NAE_ERA_R-1765_ENSV_Kirjanike_Liit_1945-1955, lk 10
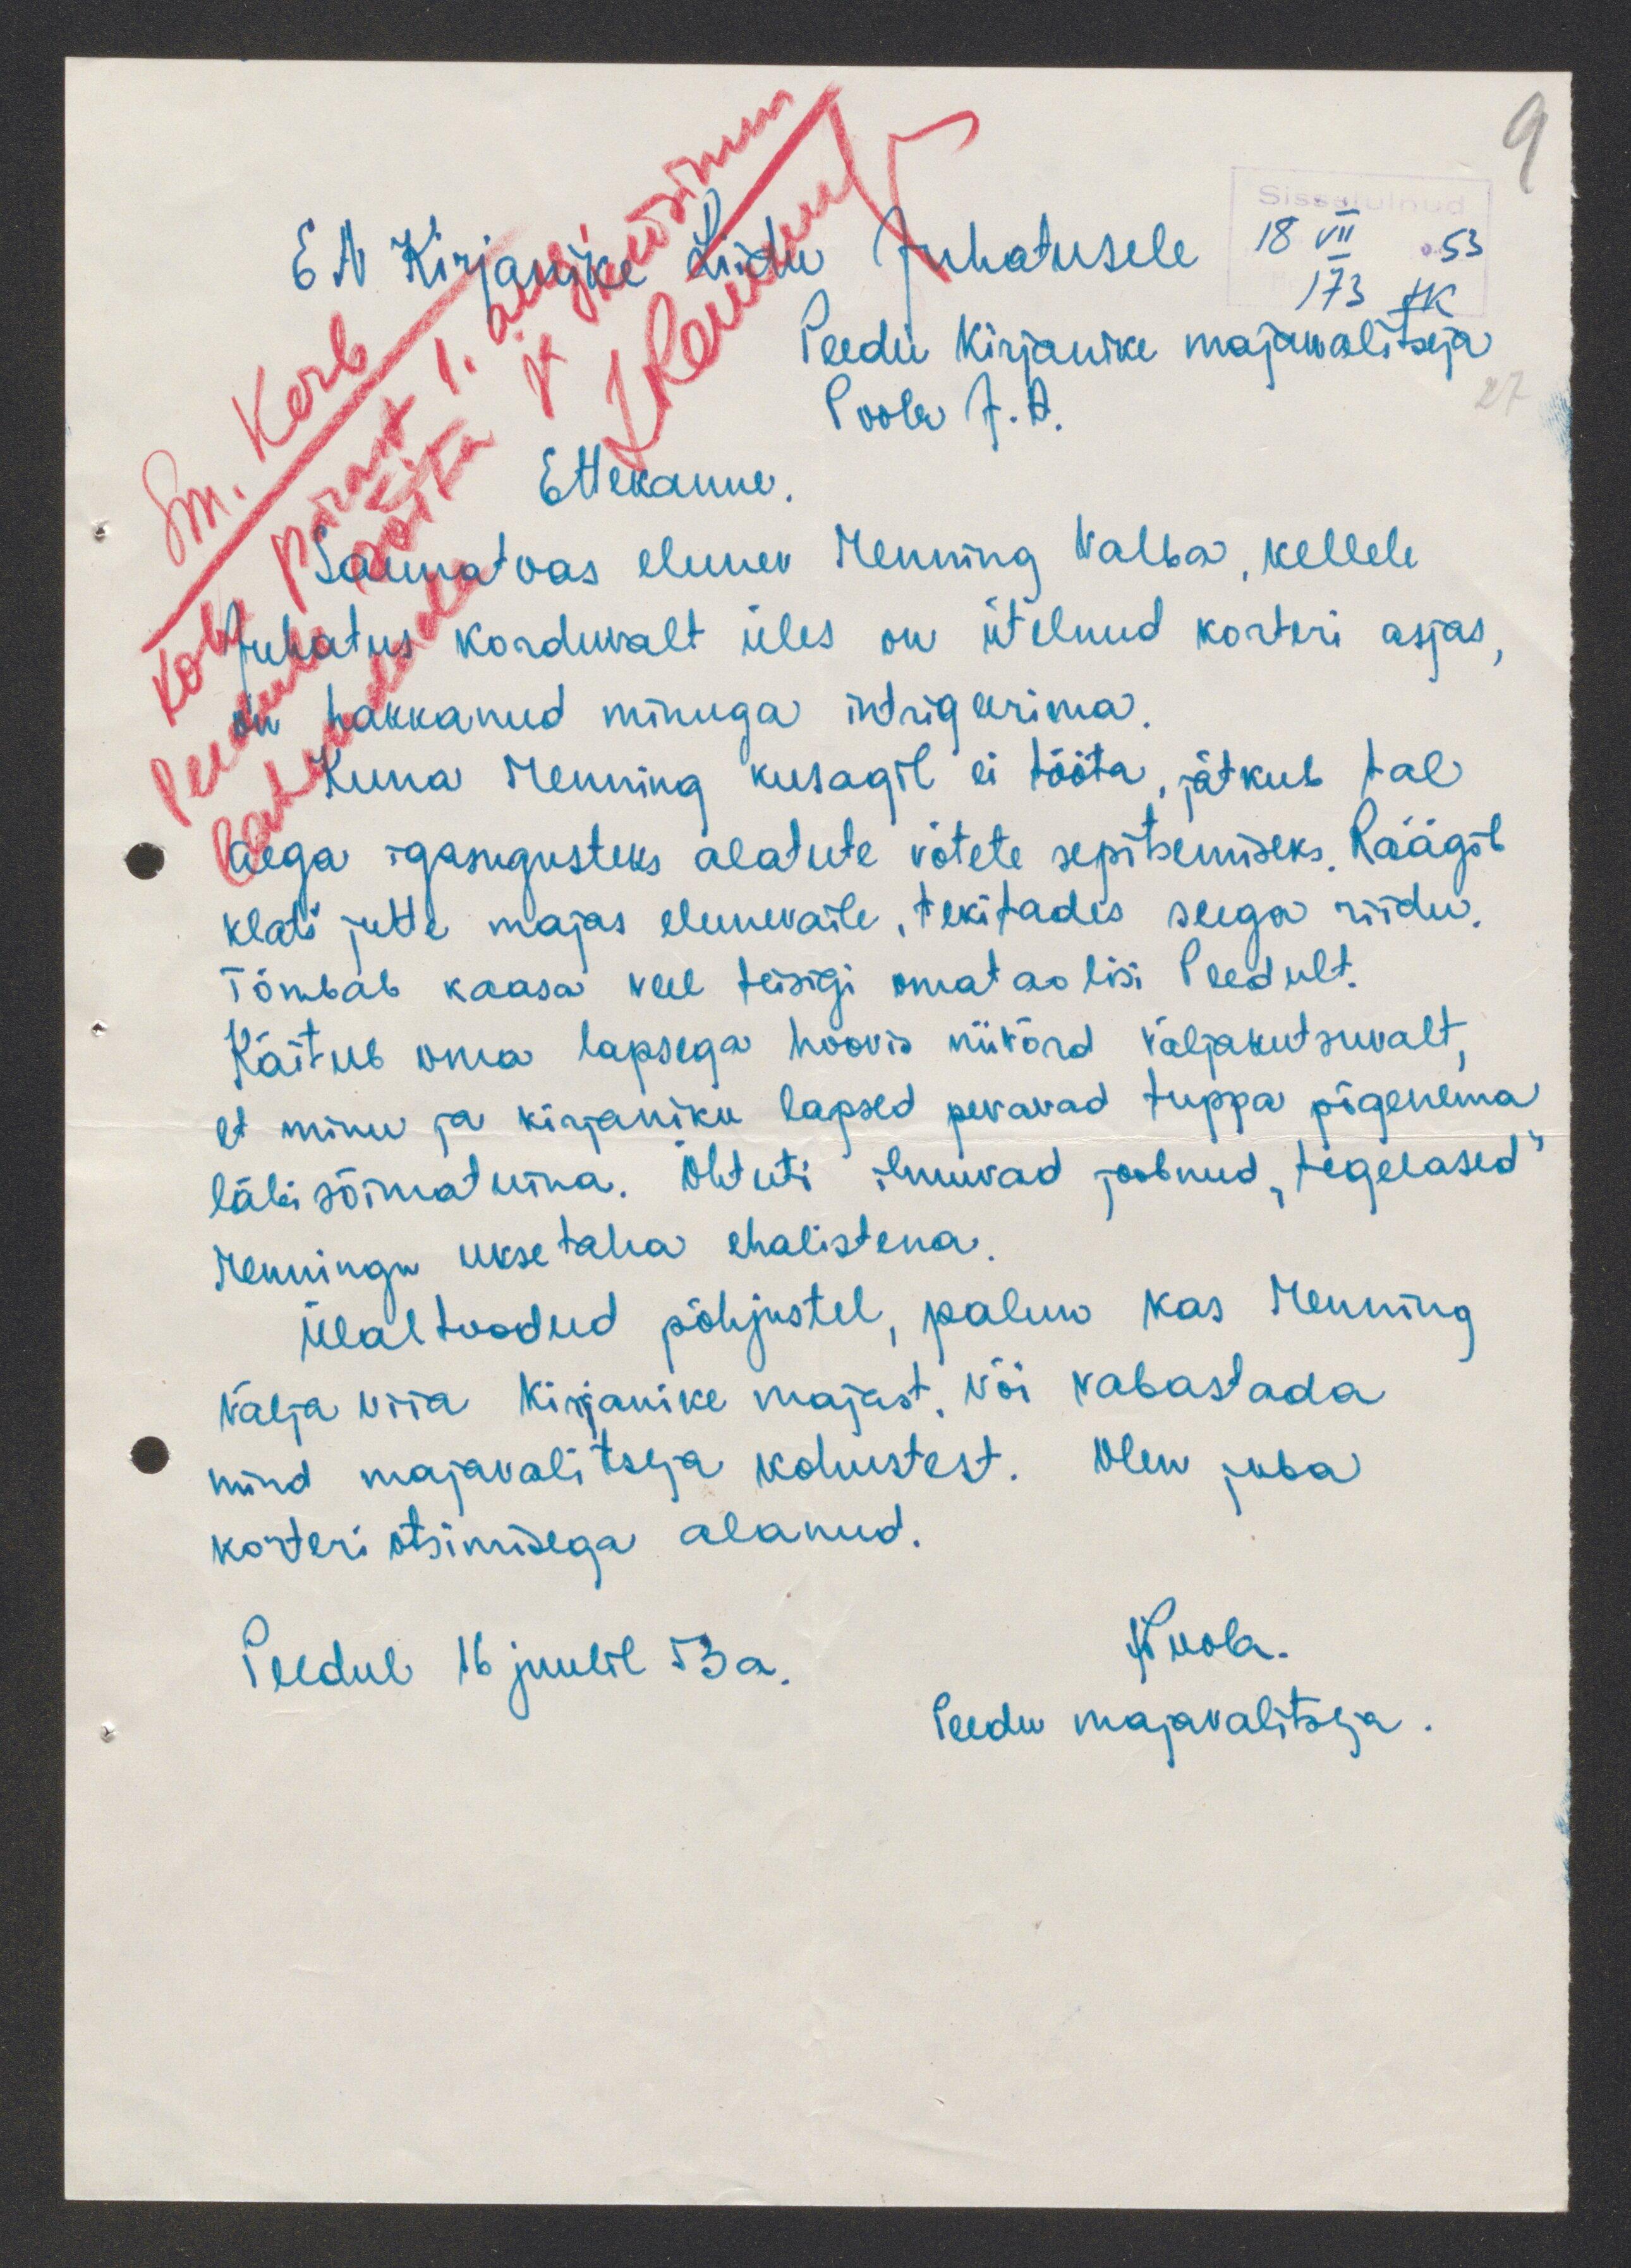
EN Kirjanike Liidu Juhatusele
Peedu Kirjanike majawalitseja
Ettekanne.
Saunatoas elunev Menning Valba, kellele
juhatus korduvalt üles on ütelnud korteri asjas,
on hakkanud minuga indrigeerima
Kuna Menning kusagil ei tööta, jätkub tal
aega igasugusteks alatute võtete sepitsemiseks. Räägib
klatš jutte majas elunevaile, tekitades seega riidu.
Tõmbab kaasa veel teisigi omataotisi Peedult.
Käitub oma lapsega hoovis niivõrd väljakutsuvalt,
et minu ja kirjaniku lapsed pevavad tuppa põgenema
läbisõimatuna. Õhtuti ilmuvad joobnud, tegelased
Menningu uksetaha ehalistena
Ülaltoodud põhjustel, palun kas Menning
välja viia Kirjanike majast. Või vabastada
mind majavalitseja kohustest. Olen juba
korteri otsimisega alanud.
Peedul 16 juulil 53a.
Peedu majavalitseja.